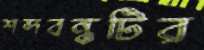
শব্দবন্ধটির